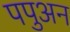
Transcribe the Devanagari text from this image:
पपुअन